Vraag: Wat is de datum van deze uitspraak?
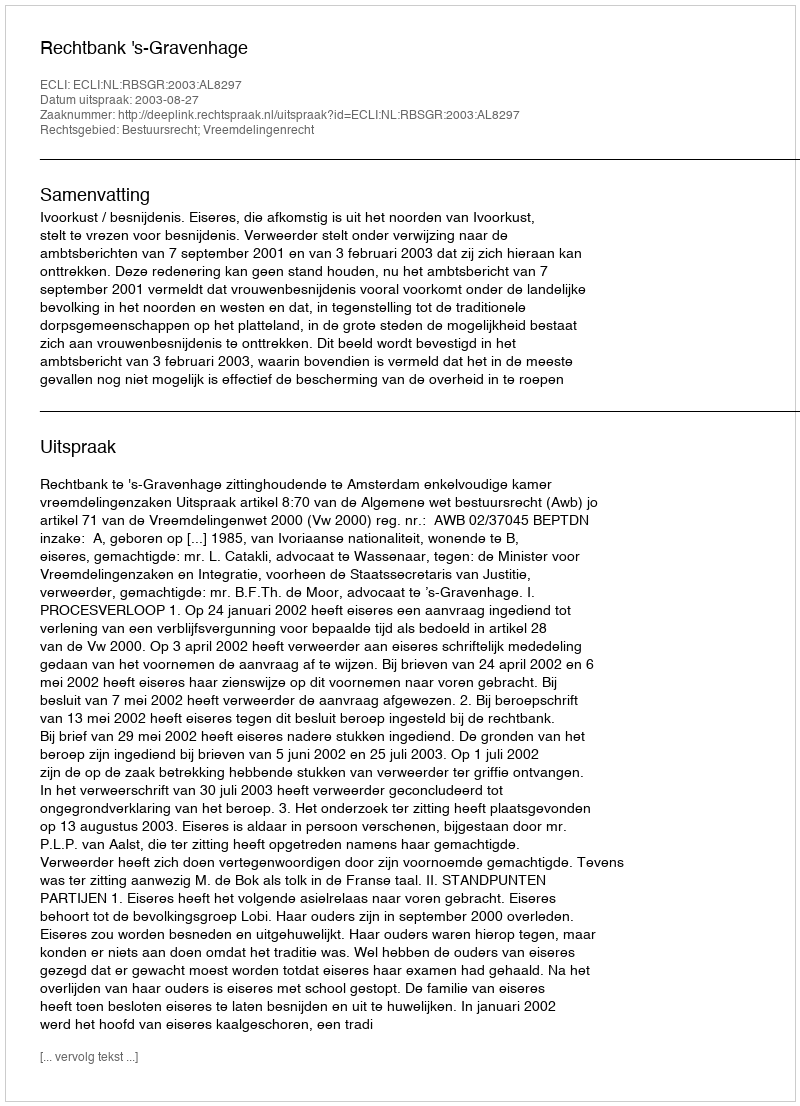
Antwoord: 2003-08-27